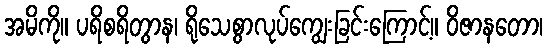
အမိကို။ ပရိစရိတွာန၊ ရိုသေစွာလုပ်ကျွေးခြင်းကြောင့်။ ဝိဇာနတော၊